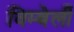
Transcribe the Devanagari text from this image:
विम्बेर्ली